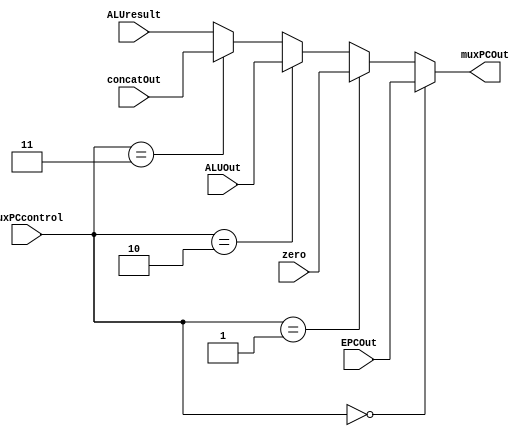
module mux_pc( 
    input wire [31:0] EPCOut, 
    input wire [31:0] zero, 
    input wire [31:0] ALUOut, 
    input wire [31:0] concatOut, 
    input wire [31:0] ALUresult,
    input wire [2:0] muxPCcontrol,
    output wire [31:0] muxPCOut
);

 
    assign muxPCOut = (muxPCcontrol == 3'b000) ? EPCOut :
     (muxPCcontrol == 3'b001) ? zero :
     (muxPCcontrol == 3'b010) ? ALUOut :
     (muxPCcontrol == 3'b011) ? concatOut :
     ALUresult; 

endmodule